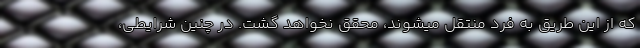
که از این طریق به فرد منتقل میشوند، محقّق نخواهد گشت. در چنین شرایطی،